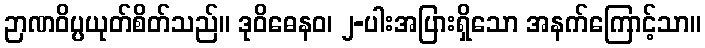
ဉာဏဝိပ္ပယုတ်စိတ်သည်။ ဒုဝိဓေနဝ၊ ၂-ပါးအပြားရှိသော အနက်ကြောင့်သာ။